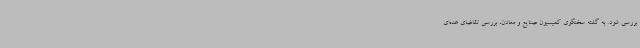
بررسی شود. به گفته سخنگوی کمیسیون صنایع و معادن، بررسی تقاضای عده‌ای